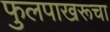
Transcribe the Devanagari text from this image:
फुलपाखरूचा